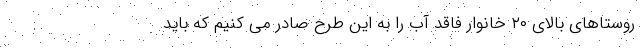
روستاهای بالای ۲۰ خانوار فاقد آب را به این طرح صادر می کنیم که باید